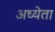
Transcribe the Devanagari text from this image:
अध्‍येता